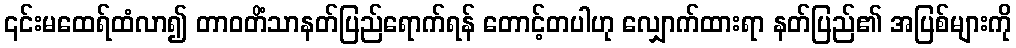
၎င်းမထေရ်ထံလာ၍ တာဝတိံသာနတ်ပြည်ရောက်ရန် တောင့်တပါဟု လျှောက်ထားရာ နတ်ပြည်၏ အပြစ်များကို